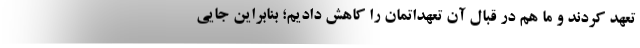
تعهد کردند و ما هم در قبال آن تعهداتمان را کاهش دادیم؛ بنابراین جایی